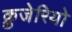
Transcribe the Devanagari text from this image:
क्रुजेरियो